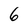
Character: 6